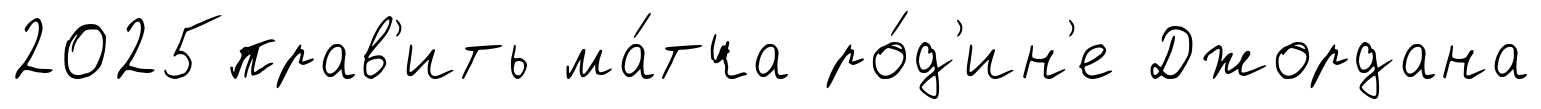
2025прав'ить ма́тча ро́д'ин'е Джордана